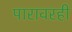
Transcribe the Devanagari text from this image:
पारावरही